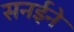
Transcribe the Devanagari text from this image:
सनईने